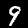
Digit: 9